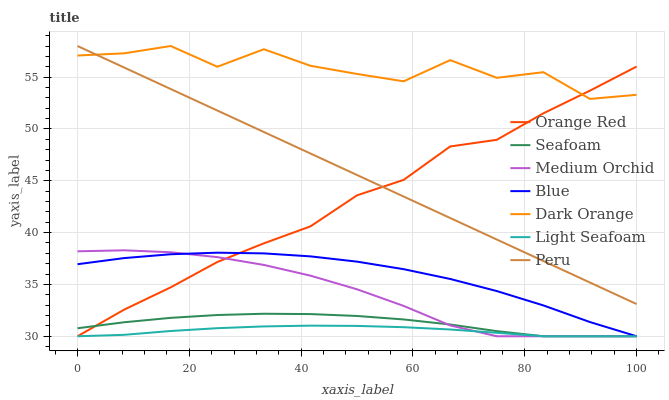
| xaxis_label | Orange Red | Seafoam | Medium Orchid | Blue | Dark Orange | Light Seafoam | Peru |
 | --- | --- | --- | --- | --- | --- | --- | --- |
 | 0 | 30 | 30.8 | 38.2 | 37 | 57.1 | 30 | 58 |
 | 8.33 | 32.6 | 31.3 | 38.3 | 37.5 | 57.3 | 30.1 | 55.9 |
 | 16.7 | 34.7 | 31.8 | 38.1 | 37.9 | 58 | 30.5 | 53.9 |
 | 25 | 37.2 | 32 | 37.6 | 38.1 | 56 | 30.8 | 51.8 |
 | 33.3 | 39 | 32.2 | 36.9 | 38 | 57.7 | 30.9 | 49.7 |
 | 41.7 | 40.6 | 32.1 | 35.8 | 37.7 | 56.1 | 31 | 47.6 |
 | 50 | 43.6 | 32 | 34.5 | 37.2 | 55.3 | 31 | 45.6 |
 | 58.3 | 45.1 | 31.6 | 32.9 | 36.5 | 54.6 | 30.9 | 43.5 |
 | 66.7 | 48.3 | 31.1 | 31 | 35.5 | 56.6 | 30.7 | 41.4 |
 | 75 | 49 | 30.5 | 30 | 34.4 | 54.9 | 30.3 | 39.3 |
 | 83.3 | 51.5 | 30 | 30 | 33 | 55.5 | 30 | 37.3 |
 | 91.7 | 53.7 | 30 | 30 | 31.4 | 52.9 | 30 | 35.2 |
 | 100 | 56 | 30 | 30 | 30 | 53.3 | 30 | 33.1 |